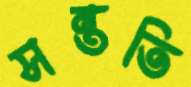
সন্ততি